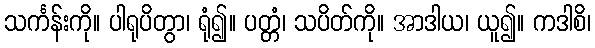
သင်္ကန်းကို။ ပါရုပိတွာ၊ ရုံ၍။ ပတ္တံ၊ သပိတ်ကို။ အာဒါယ၊ ယူ၍။ ကဒါစိ၊